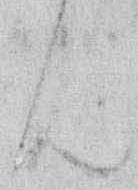
ん